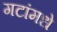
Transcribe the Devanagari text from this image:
गटांमधे